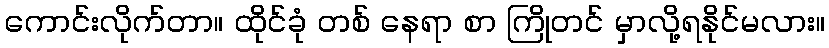
ကောင်းလိုက်တာ။ ထိုင်ခုံ တစ် နေရာ စာ ကြိုတင် မှာလို့ရနိုင်မလား။